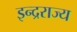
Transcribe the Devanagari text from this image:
इन्द्रराज्य